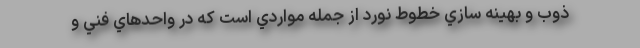
ذوب و بهينه سازي خطوط نورد از جمله مواردي است كه در واحدهاي فني و